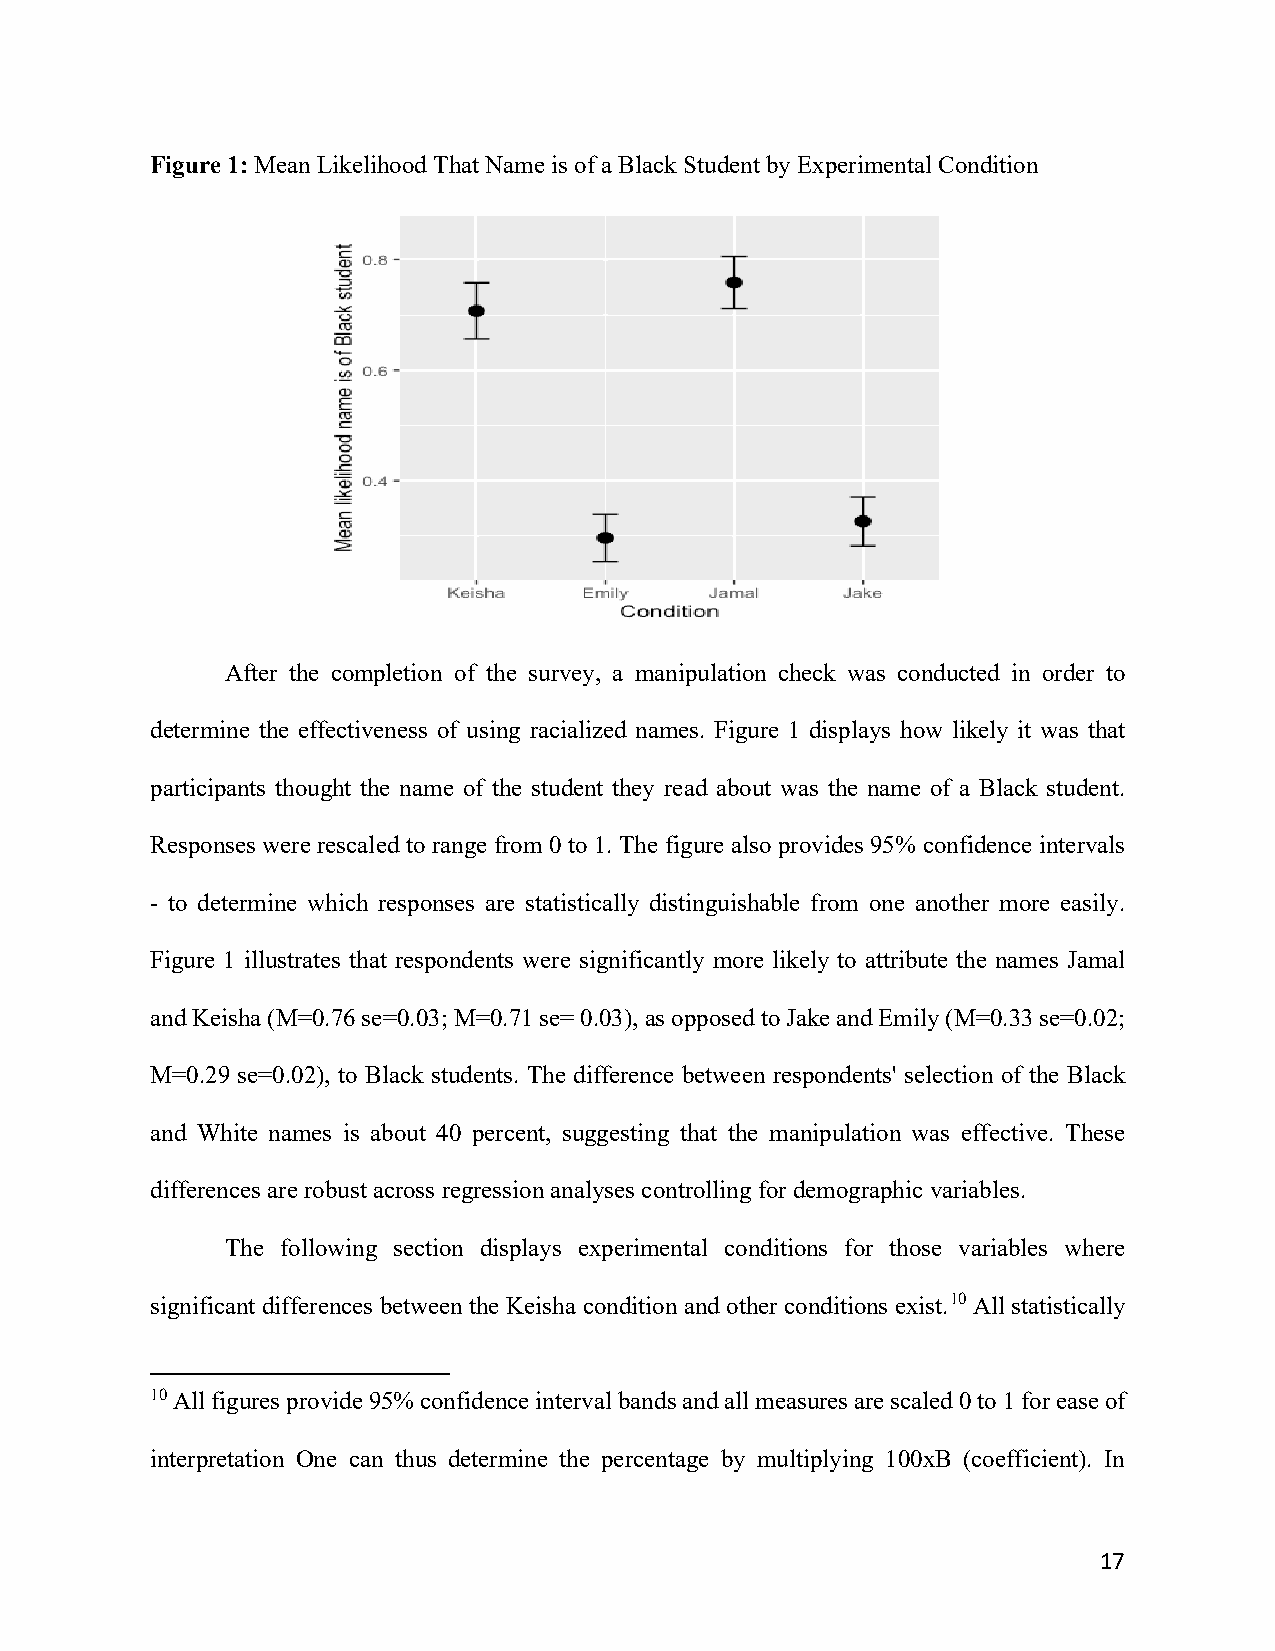
Figure 1: Mean Likelihood That Name is of a Black Student by Experimental Condition
 After the completion of the survey, a manipulation check was conducted in order to
 determine the effectiveness of using racialized names. Figure 1 displays how likely it was that
 participants thought the name of the student they read about was the name of a Black student.
 Responses were rescaled to range from 0 to 1. The figure also provides 95% confidence intervals
 - to determine which responses are statistically distinguishable from one another more easily.
 Figure 1 illustrates that respondents were significantly more likely to attribute the names Jamal
 and Keisha (M=0.76 se=0.03; M=0.71 se= 0.03), as opposed to Jake and Emily (M=0.33 se=0.02;
 M=0.29 se=0.02), to Black students. The difference between respondents' selection of the Black
 and White names is about 40 percent, suggesting that the manipulation was effective. These
 differences are robust across regression analyses controlling for demographic variables.
 The following section displays experimental conditions for those variables where
 significant differences between the Keisha condition and other conditions exist.10 All statistically
 10 All figures provide 95% confidence interval bands and all measures are scaled 0 to 1 for ease of
 interpretation One can thus determine the percentage by multiplying 100xB (coefficient). In
 17